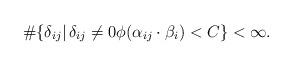
LaTeX: \begin{align*}\#\{ \delta_{ij}|\, \delta_{ij} \not = 0 \phi (\alpha_{ij} \cdot \beta_i) < C\} < \infty. \end{align*}